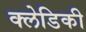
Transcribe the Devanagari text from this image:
क्लेडिकी